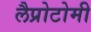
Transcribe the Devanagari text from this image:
लैप्रोटोमी